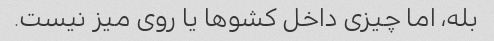
بله، اما چیزی داخل کشوها یا روی میز نیست.